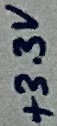
Text: +3.3V